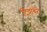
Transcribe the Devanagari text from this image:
टिल्लाबेरी